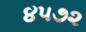
૪૫૭૨